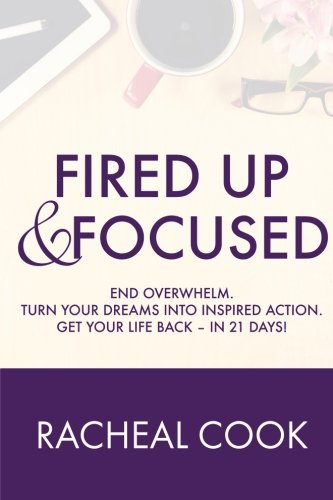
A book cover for Fired Up & Focused: End Overwhelm. Turn Your Dreams Into Inspired Action.; Racheal Cook; Self-Help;